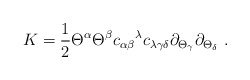
\begin{align*}K = {1\over 2} \Theta^\alpha \Theta^\beta{c_{\alpha\beta}}^\lambda c_{\lambda\gamma\delta}\partial_{\Theta_\gamma} \partial_{\Theta_\delta}\ .\end{align*}